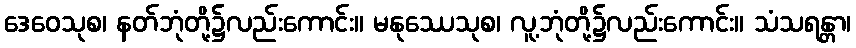
ဒေဝေသုစ၊ နတ်ဘုံတို့၌လည်းကောင်း။ မနုဿေသုစ၊ လူ့ဘုံတို့၌လည်းကောင်း။ သံသရန္တာ၊